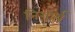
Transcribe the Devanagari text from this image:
निशार्थ